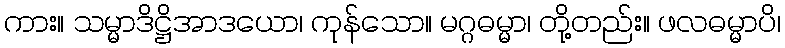
ကား။ သမ္မာဒိဋ္ဌိအာဒယော၊ ကုန်သော။ မဂ္ဂဓမ္မာ၊ တို့တည်း။ ဖလဓမ္မာပိ၊